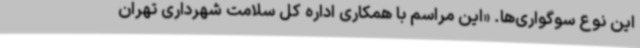
این نوع سوگواری‌ها. «این مراسم با همکاری اداره کل سلامت شهرداری تهران